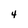
Character: 4